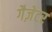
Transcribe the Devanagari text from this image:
गैज़ेटर